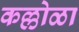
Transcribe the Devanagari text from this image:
कल्लोळा